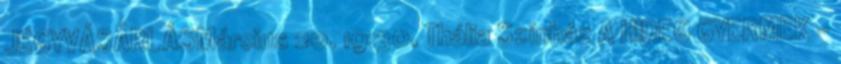
JEGYVÁSÁRLÁSMárcius 20. 19:30, Thália Színház A HIDEG GYERMEK -